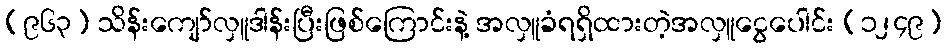
(၉၆၃) သိန်းကျော်လှူဒါန်းပြီးဖြစ်ကြောင်းနဲ့ အလှူခံရရှိထားတဲ့အလှူငွေပေါင်း (၁၂၄၉)